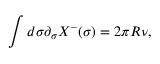
\int d \sigma \partial _ { \sigma } X ^ { - } ( \sigma ) = 2 \pi R \nu ,